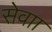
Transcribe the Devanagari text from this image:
सेवाा